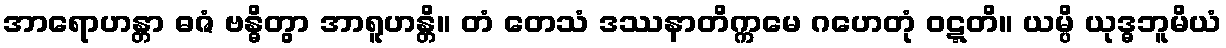
အာရောဟန္တာ ဓဇံ ဗန္ဓိတွာ အာရူဟန္တိ။ တံ တေသံ ဒဿနာတိက္ကမေ ဂဟေတုံ ဝဋ္ဋတိ။ ယမ္ပိ ယုဒ္ဓဘူမိယံ